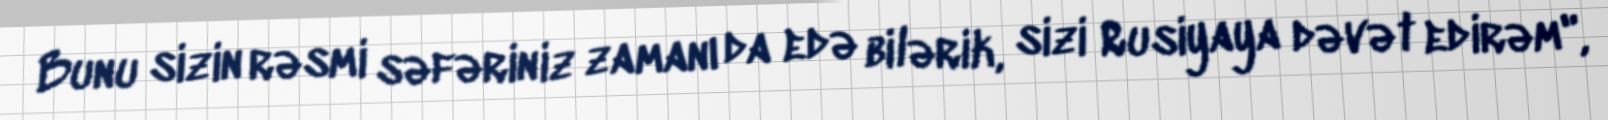
Bunu sizin rəsmi səfəriniz zamanı da edə bilərik, sizi Rusiyaya dəvət edirəm",